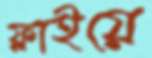
ফ্লাইয়ে